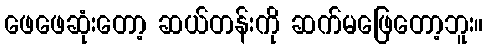
ဖေဖေဆုံးတော့ ဆယ်တန်းကို ဆက်မဖြေတော့ဘူး။